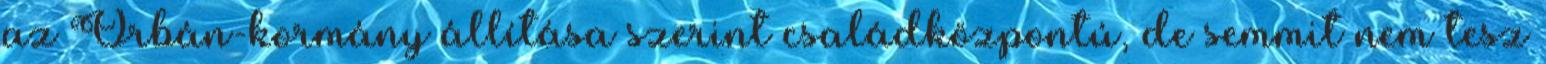
az Orbán-kormány állítása szerint családközpontú, de semmit nem tesz